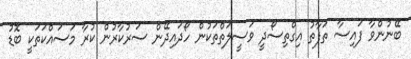
ބޭނުންވާ ފައިސާ ތަފާތު އިގްތިސޯދީ ވަސީލަތްތަކުން ހޯދައިދޭން ސަރުކާރުން ކުރާ މަސައްކަތަކީ ބޮޑު